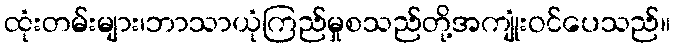
ထုံးတမ်းများ၊ဘာသာယုံကြည်မှုစသည်တို့အကျုံးဝင်ပေသည်။